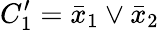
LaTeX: C_{1}^{\prime}=\bar{x}_{1}\vee\bar{x}_{2}